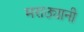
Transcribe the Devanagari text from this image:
मराठ्यानी